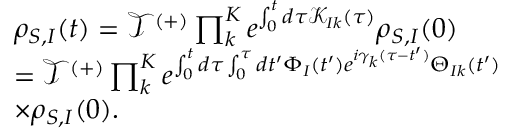
\begin{array} { r l } & { { { \rho } _ { S , I } } ( t ) = { \mathcal { T } ^ { ( + ) } } \prod _ { k } ^ { K } { { { e } ^ { \int _ { 0 } ^ { t } { d \tau } { \mathcal { K } _ { I k } } ( \tau ) } } } { { \rho } _ { S , I } } ( 0 ) } \\ & { = { \mathcal { T } ^ { ( + ) } } \prod _ { k } ^ { K } { { { e } ^ { \int _ { 0 } ^ { t } { d \tau } \int _ { 0 } ^ { \tau } { d t ^ { \prime } \Phi _ { I } ( t ^ { \prime } ) { { e } ^ { i { { \gamma } _ { k } } ( \tau - t ^ { \prime } ) } } { { \Theta } _ { I k } } ( t ^ { \prime } ) } } } } } \\ & { \times { { \rho } _ { S , I } } ( 0 ) . } \end{array}